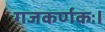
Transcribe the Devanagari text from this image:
गजकर्णकः।